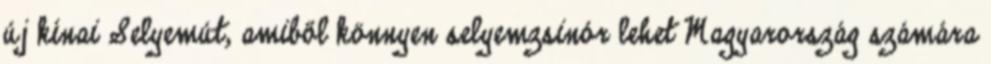
új kínai Selyemút, amiből könnyen selyemzsinór lehet Magyarország számára